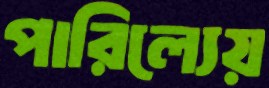
পারিল্যেয়